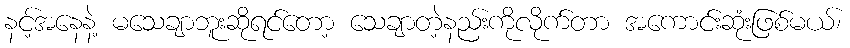
နင့်အနေနဲ့ မသေချာဘူးဆိုရင်တော့ သေချာတဲ့နည်းကိုလိုက်တာ အကောင်းဆုံးဖြစ်မယ်၊